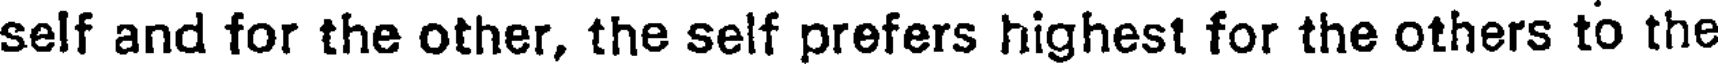
self and for the other, the self prefers highest for the others to the